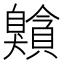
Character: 𦤰